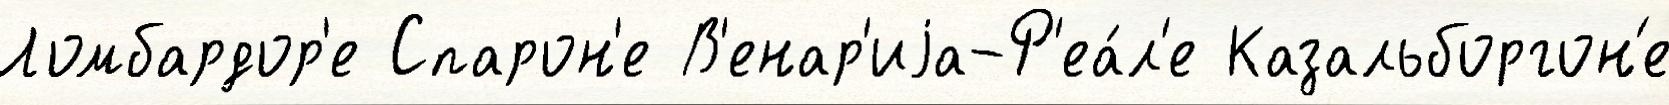
Ломбардор'е Спарон'е В'енар'иjа-Р'еа́л'е Казальборгон'е